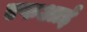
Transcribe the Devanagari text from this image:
एफआई